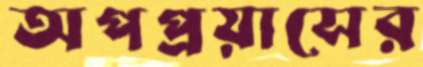
অপপ্রয়াসের